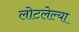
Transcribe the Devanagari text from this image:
लोटलेल्या